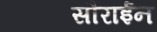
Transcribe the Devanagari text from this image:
सौराईन